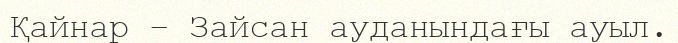
Қайнар – Зайсан ауданындағы ауыл.